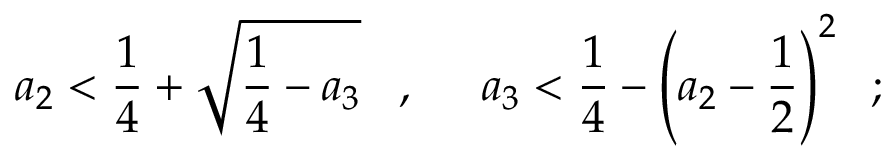
a _ { 2 } < \frac { 1 } { 4 } + \sqrt { \frac { 1 } { 4 } - a _ { 3 } } \; \; \; , \; \; \; \; \; a _ { 3 } < \frac { 1 } { 4 } - \left( a _ { 2 } - \frac { 1 } { 2 } \right) ^ { 2 } \; \; ;